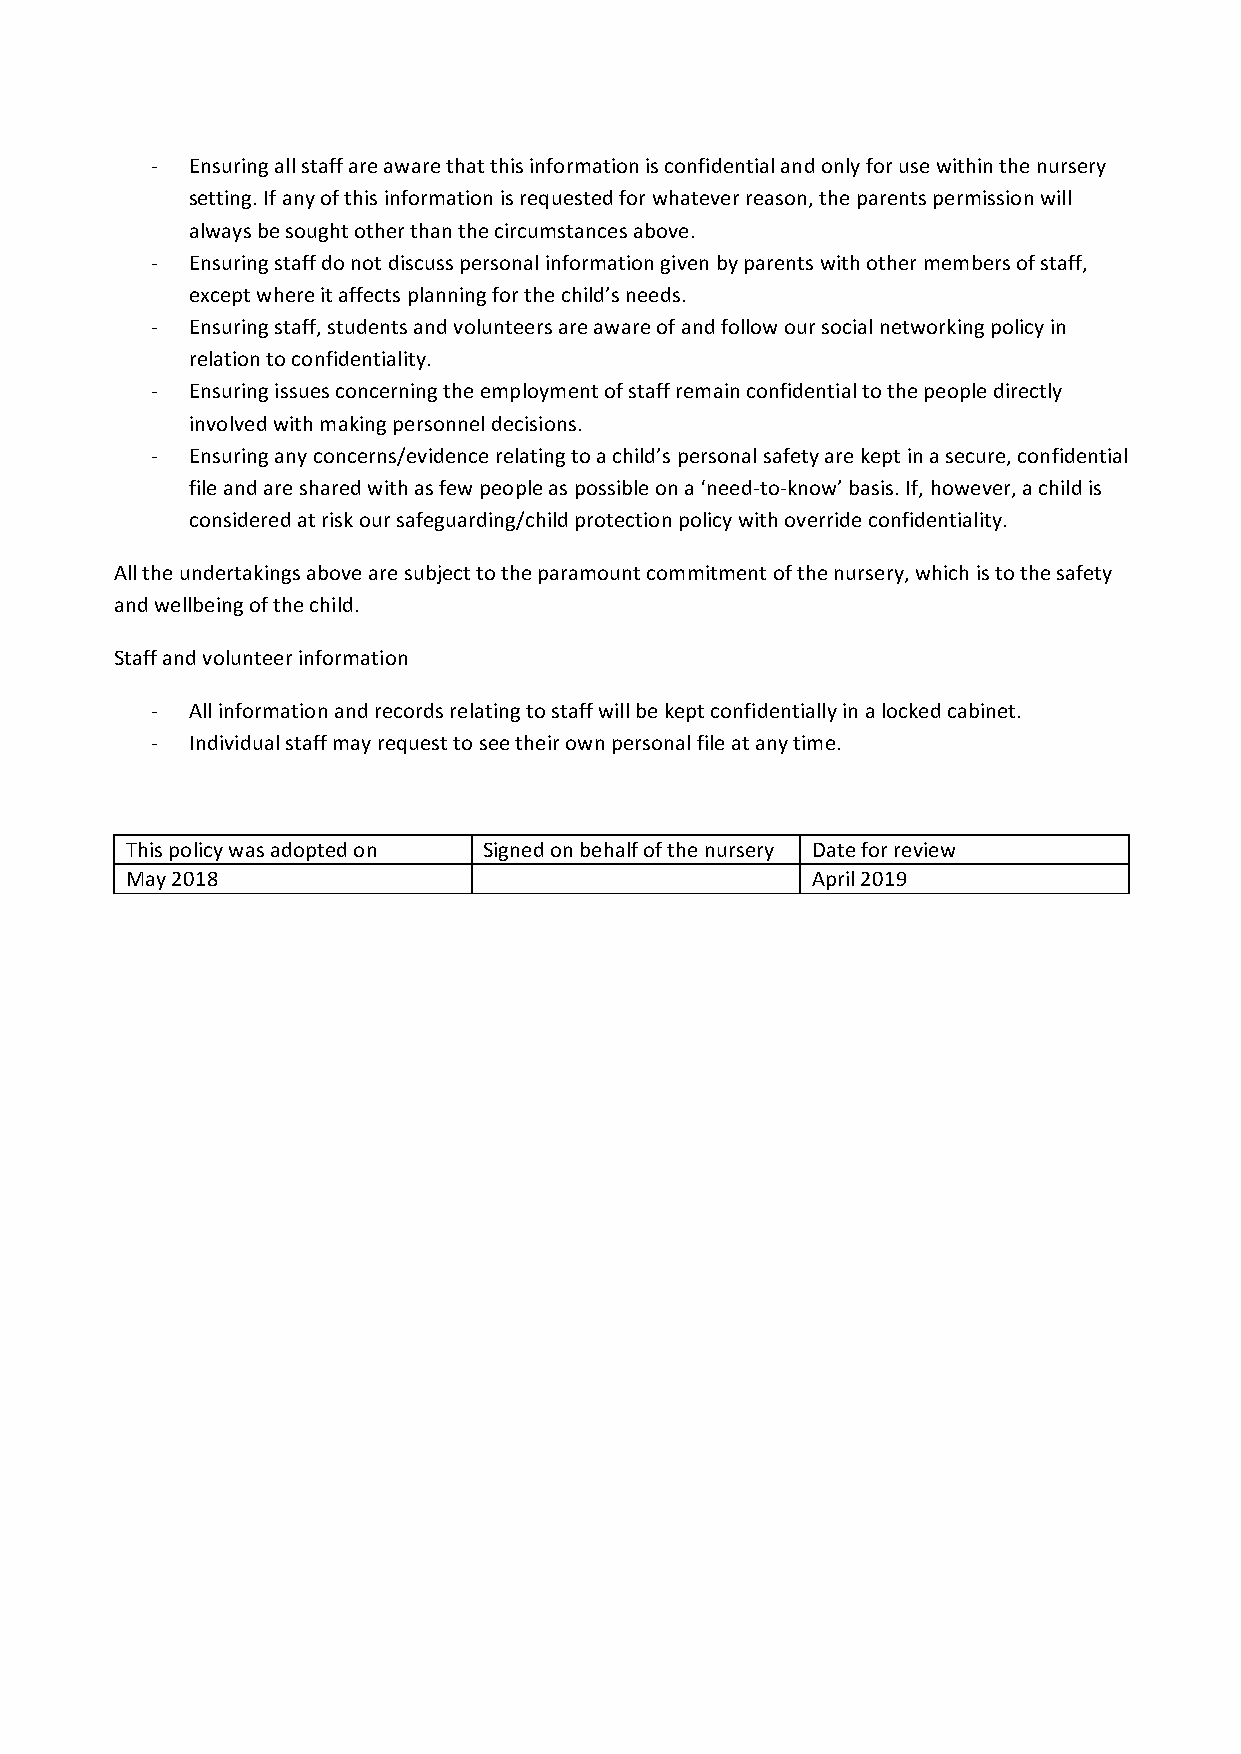
- Ensuring all staff are aware that this information is confidential and only for use within the nursery
 setting. If any of this information is requested for whatever reason, the parents permission will
 always be sought other than the circumstances above.
 - Ensuring staff do not discuss personal information given by parents with other members of staff,
 except where it affects planning for the child’s needs.
 - Ensuring staff, students and volunteers are aware of and follow our social networking policy in
 relation to confidentiality.
 - Ensuring issues concerning the employment of staff remain confidential to the people directly
 involved with making personnel decisions.
 - Ensuring any concerns/evidence relating to a child’s personal safety are kept in a secure, confidential
 file and are shared with as few people as possible on a ‘need-to-know’ basis. If, however, a child is
 considered at risk our safeguarding/child protection policy with override confidentiality.
 All the undertakings above are subject to the paramount commitment of the nursery, which is to the safety
 and wellbeing of the child.
 Staff and volunteer information
 - All information and records relating to staff will be kept confidentially in a locked cabinet.
 - Individual staff may request to see their own personal file at any time.
 This policy was adopted on Signed on behalf of the nursery Date for review
 May 2018                                      April 2019